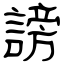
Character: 謗